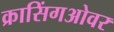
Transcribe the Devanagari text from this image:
क्रासिंगओवर